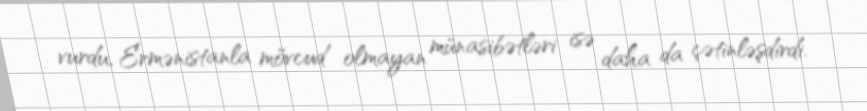
vurdu, Ermənistanla mövcud olmayan münasibətləri isə daha da çətinləşdirdi.